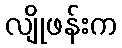
လျိုဖန်းက